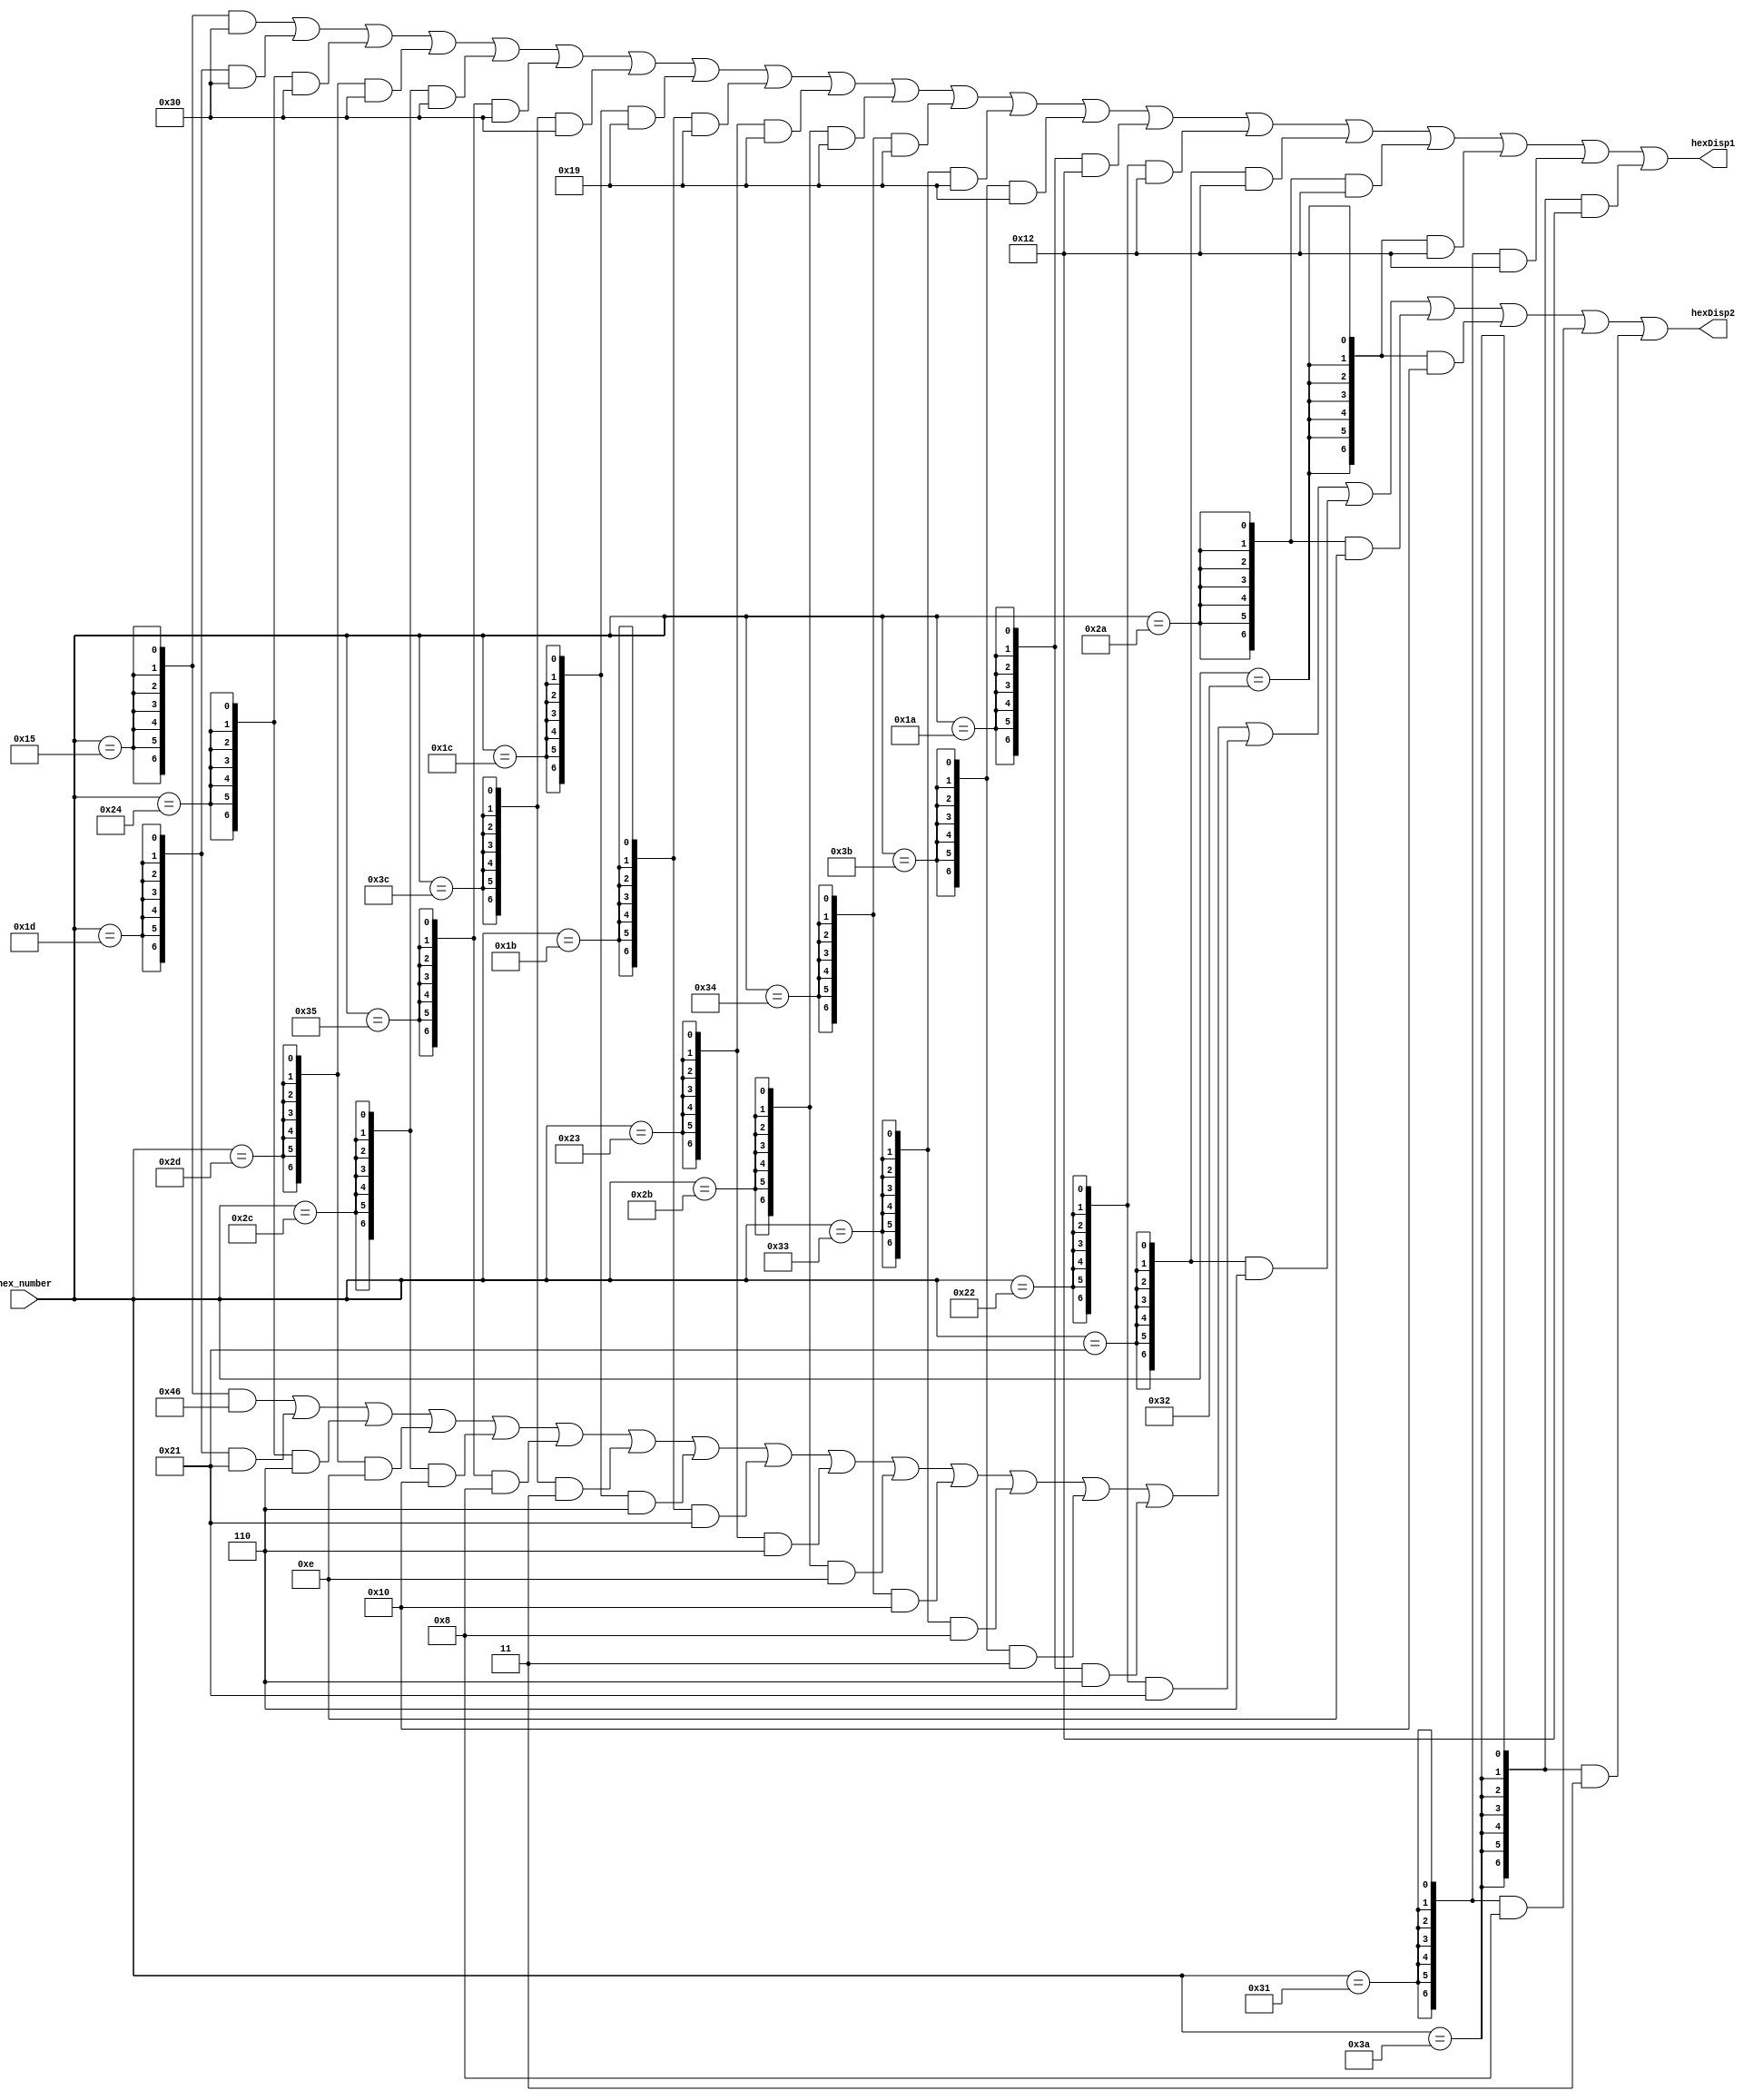
module hexdisplay (
	hex_number,

	hexDisp1,
	hexDisp2,
);

input wire		[7:0]	hex_number;

// Bidirectional

// Outputs
output wire	[6:0]	hexDisp1;
output wire [6:0] hexDisp2;

 			// 21: delay = C3;   // 15 Q
            // 29: delay = D3;   // 1D W
            // 36: delay = E3;   // 24 E
            // 45: delay = F3;   // 2D R
            // 44: delay = G3; // 2C T
            // 53: delay = A3; // 35 Y
            // 60: delay = B3; // 3C U
            // 28: delay = C4; // 1C A
            // 27: delay = D4; // 1B S
            // 35: delay = E4; // 23 D
            // 43: delay = F4; // 2B F
            // 52: delay = G4; // 34 G
            // 51: delay = A4; // 33 H
            // 59: delay = B4; // 3B J
            // 26: delay = C5; // 1A Z
            // 34: delay = D5; // 22 X
            // 33: delay = E5; // 21 C
            // 42: delay = F5; // 2A V
            // 50: delay = G5; // 32 B
            // 49: delay = A5; // 32 N
            // 58: delay = B5; // 3A M


assign hexDisp1 =  // for hex0
		({7{(hex_number == 21)}} & 7'b0110000) |   // 3
		({7{(hex_number == 29)}} & 7'b0110000) |   // 3
		({7{(hex_number == 36)}} & 7'b0110000) | // 3
		({7{(hex_number == 45)}} & 7'b0110000) | // 3
		({7{(hex_number == 44)}} & 7'b0110000) | // 3
		({7{(hex_number == 53)}} & 7'b0110000) | // 
		({7{(hex_number == 60)}} & 7'b0110000) |
		({7{(hex_number == 28)}} & 7'b0011001) |
		({7{(hex_number == 27)}} & 7'b0011001) |
		({7{(hex_number == 35)}} & 7'b0011001) |
		({7{(hex_number == 43)}} & 7'b0011001) |
		({7{(hex_number == 52)}} & 7'b0011001) |
		({7{(hex_number == 51)}} & 7'b0011001) |
		({7{(hex_number == 59)}} & 7'b0011001) |
		({7{(hex_number == 26)}} & 7'b0010010) |
		({7{(hex_number == 34)}} & 7'b0010010) |
		({7{(hex_number == 33)}} & 7'b0010010) |
		({7{(hex_number == 42)}} & 7'b0010010) |
		({7{(hex_number == 50)}} & 7'b0010010) |
		({7{(hex_number == 49)}} & 7'b0010010) |
		({7{(hex_number == 58)}} & 7'b0010010); 

		// 21: delay = C3;   // 15 Q
            // 29: delay = D3;   // 1D W
            // 36: delay = E3;   // 24 E
            // 45: delay = F3;   // 2D R
            // 44: delay = G3; // 2C T
            // 53: delay = A3; // 35 Y
            // 60: delay = B3; // 3C U
            // 28: delay = C4; // 1C A
            // 27: delay = D4; // 1B S
            // 35: delay = E4; // 23 D
            // 43: delay = F4; // 2B F
            // 52: delay = G4; // 34 G
            // 51: delay = A4; // 33 H
            // 59: delay = B4; // 3B J
            // 26: delay = C5; // 1A Z
            // 34: delay = D5; // 22 X
            // 33: delay = E5; // 21 C
            // 42: delay = F5; // 2A V
            // 50: delay = G5; // 32 B
            // 49: delay = A5; // 32 N
            // 58: delay = B5; // 3A M

assign hexDisp2 = 
		({7{(hex_number == 21)}} & 7'b1000110) |  //C
		({7{(hex_number == 29)}} & 7'b0100001) |  //D
		({7{(hex_number == 36)}} & 7'b0000110) |  //E
		({7{(hex_number == 45)}} & 7'b0001110) | // F
		({7{(hex_number == 44)}} & 7'b0010000) | // g
		({7{(hex_number == 53)}} & 7'b0001000) | // A
		({7{(hex_number == 60)}} & 7'b0000011) | // B 
		({7{(hex_number == 28)}} & 7'b0000110) | // C
		({7{(hex_number == 27)}} & 7'b0100001) | // D
		({7{(hex_number == 35)}} & 7'b0000110) | // E
		({7{(hex_number == 43)}} & 7'b0001110) | // F
		({7{(hex_number == 52)}} & 7'b0010000) | // g
		({7{(hex_number == 51)}} & 7'b0001000) |  // a
		({7{(hex_number == 59)}} & 7'b0000011) | // b
		({7{(hex_number == 26)}} & 7'b0000110) | // c
		({7{(hex_number == 34)}} & 7'b0100001) | 
		({7{(hex_number == 33)}} & 7'b0000110) |  // e
		({7{(hex_number == 42)}} & 7'b0001110) |
		({7{(hex_number == 50)}} & 7'b0010000) |  //g
		({7{(hex_number == 49)}} & 7'b0001000) |
		({7{(hex_number == 58)}} & 7'b0000011); 

endmodule